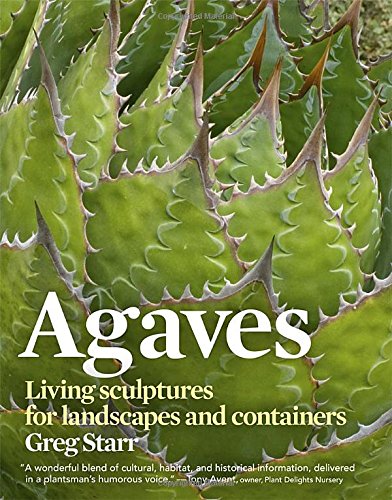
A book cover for Agaves: Living Sculptures for Landscapes and Containers; Greg Starr; Crafts, Hobbies & Home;